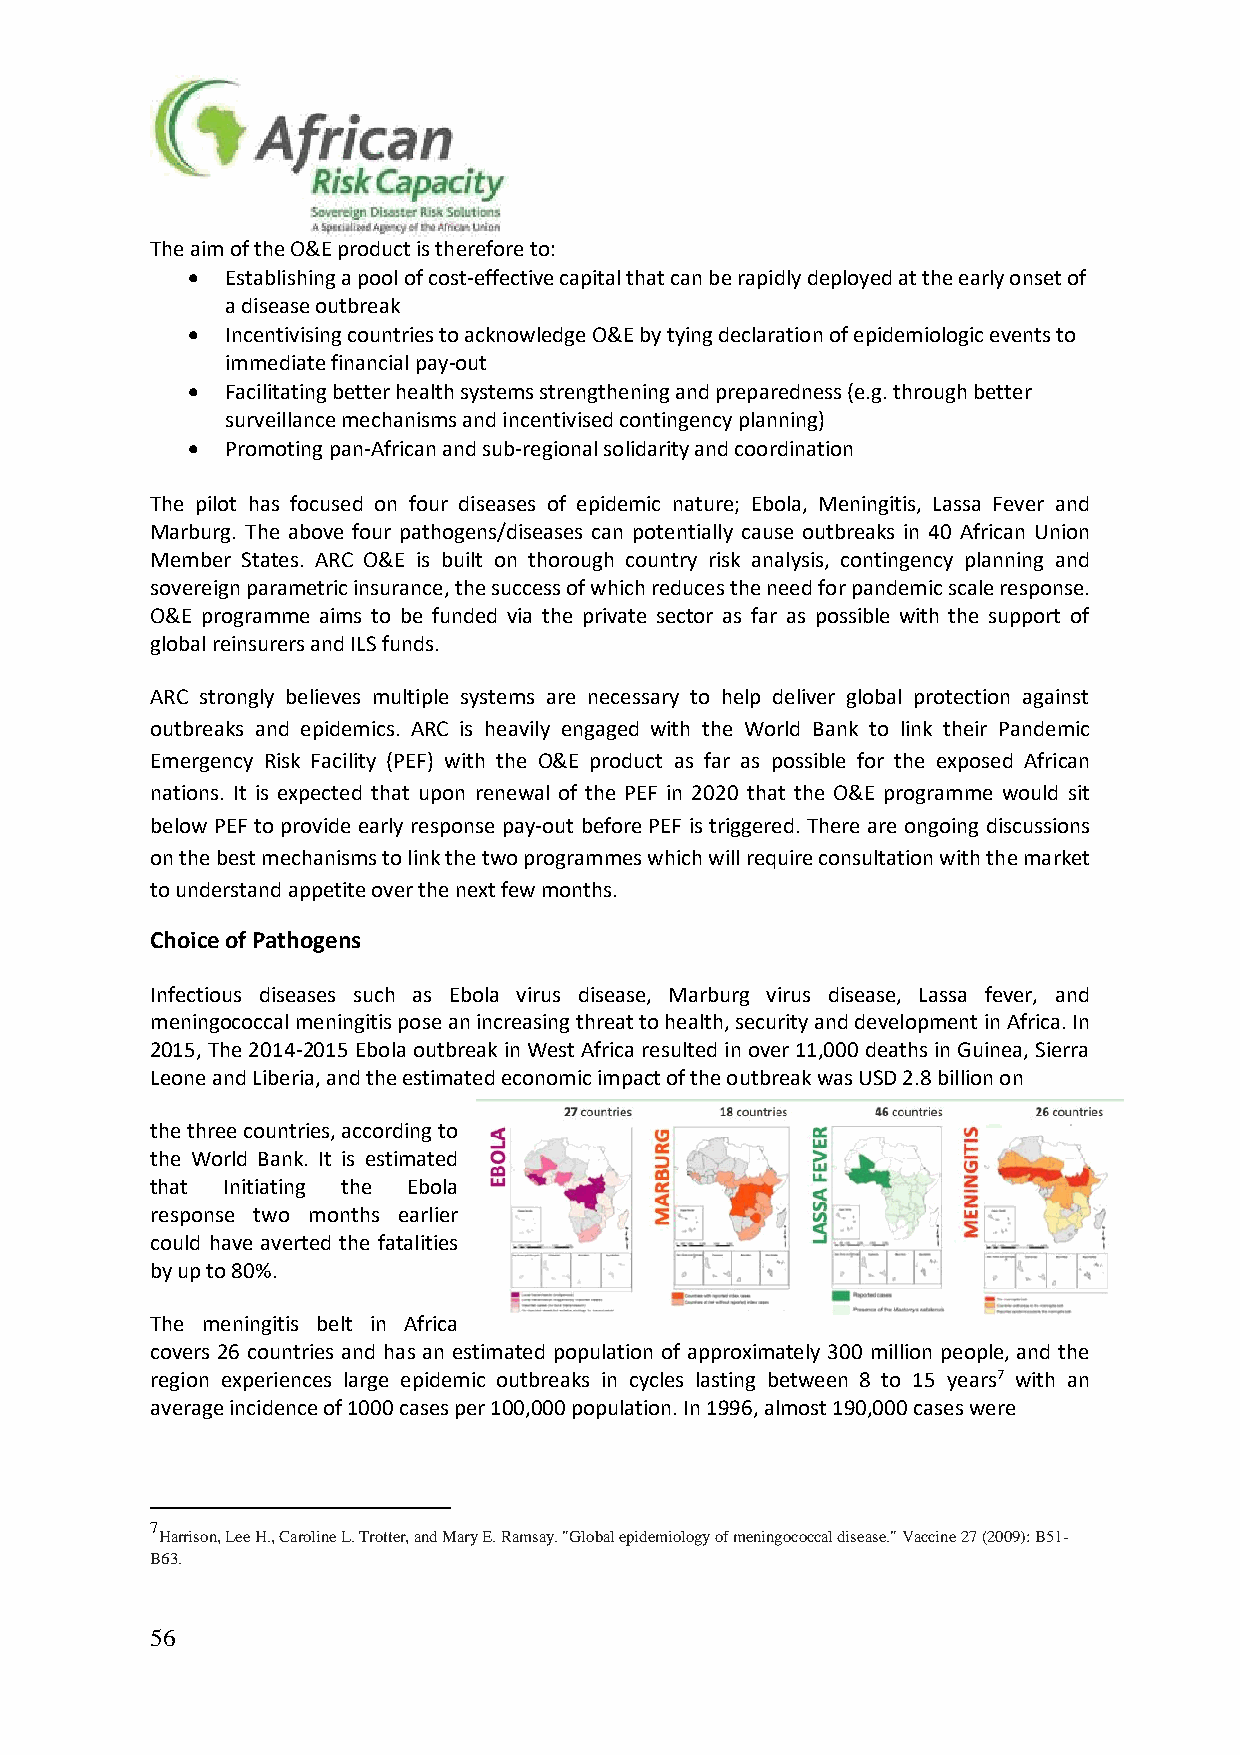
The aim of the O&E product is therefore to:
 •  Establishing a pool of cost-effective capital that can be rapidly deployed at the early onset of
 a disease outbreak
 •  Incentivising countries to acknowledge O&E by tying declaration of epidemiologic events to
 immediate financial pay-out
 •  Facilitating better health systems strengthening and preparedness (e.g. through better
 surveillance mechanisms and incentivised contingency planning)
 •  Promoting pan-African and sub-regional solidarity and coordination
 The pilot has focused on four diseases of epidemic nature; Ebola, Meningitis, Lassa Fever and
 Marburg. The above four pathogens/diseases can potentially cause outbreaks in 40 African Union
 Member States. ARC O&E is built on thorough country risk analysis, contingency planning and
 sovereign parametric insurance, the success of which reduces the need for pandemic scale response.
 O&E programme aims to be funded via the private sector as far as possible with the support of
 global reinsurers and ILS funds.
 ARC strongly believes multiple systems are necessary to help deliver global protection against
 outbreaks and epidemics. ARC is heavily engaged with the World Bank to link their Pandemic
 Emergency Risk Facility (PEF) with the O&E product as far as possible for the exposed African
 nations. It is expected that upon renewal of the PEF in 2020 that the O&E programme would sit
 below PEF to provide early response pay-out before PEF is triggered. There are ongoing discussions
 on the best mechanisms to link the two programmes which will require consultation with the market
 to understand appetite over the next few months.
 Choice of Pathogens
 Infectious diseases such as Ebola virus disease, Marburg virus disease, Lassa fever, and
 meningococcal meningitis pose an increasing threat to health, security and development in Africa. In
 2015, The 2014-2015 Ebola outbreak in West Africa resulted in over 11,000 deaths in Guinea, Sierra
 Leone and Liberia, and the estimated economic impact of the outbreak was USD 2.8 billion on
 the three countries, according to
 the World Bank. It is estimated
 that Initiating the Ebola
 response two months earlier
 could have averted the fatalities
 by up to 80%.
 The meningitis belt in Africa
 covers 26 countries and has an estimated population of approximately 300 million people, and the
 region experiences large epidemic outbreaks in cycles lasting between 8 to 15 years7 with an
 average incidence of 1000 cases per 100,000 population. In 1996, almost 190,000 cases were
 7
 Harrison, Lee H., Caroline L. Trotter, and Mary E. Ramsay. "Global epidemiology of meningococcal disease." Vaccine 27 (2009): B51-
 B63.
 56